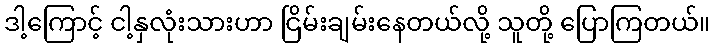
ဒါ့ကြောင့် ငါ့နှလုံးသားဟာ ငြိမ်းချမ်းနေတယ်လို့ သူတို့ ပြောကြတယ်။